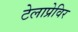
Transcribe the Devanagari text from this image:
टेलाप्रेविर